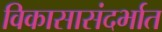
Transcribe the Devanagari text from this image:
विकासासंदर्भात